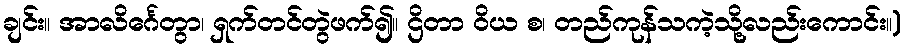
ချင်း။ အာလိင်္ဂေတွာ၊ ရှက်တင်တွဲဖက်၍။ ဌိတာ ဝိယ စ၊ တည်ကုန်သကဲ့သို့လည်းကောင်း။)